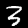
Digit: 3